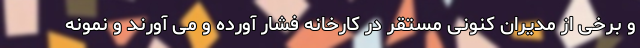
و برخی از مدیران کنونی مستقر در کارخانه فشار آورده و می ‌آورند و نمونه